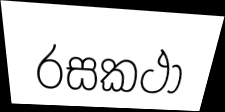
රසකථා